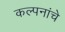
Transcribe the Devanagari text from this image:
कल्‍पनांचे